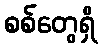
စစ်တွေရှိ